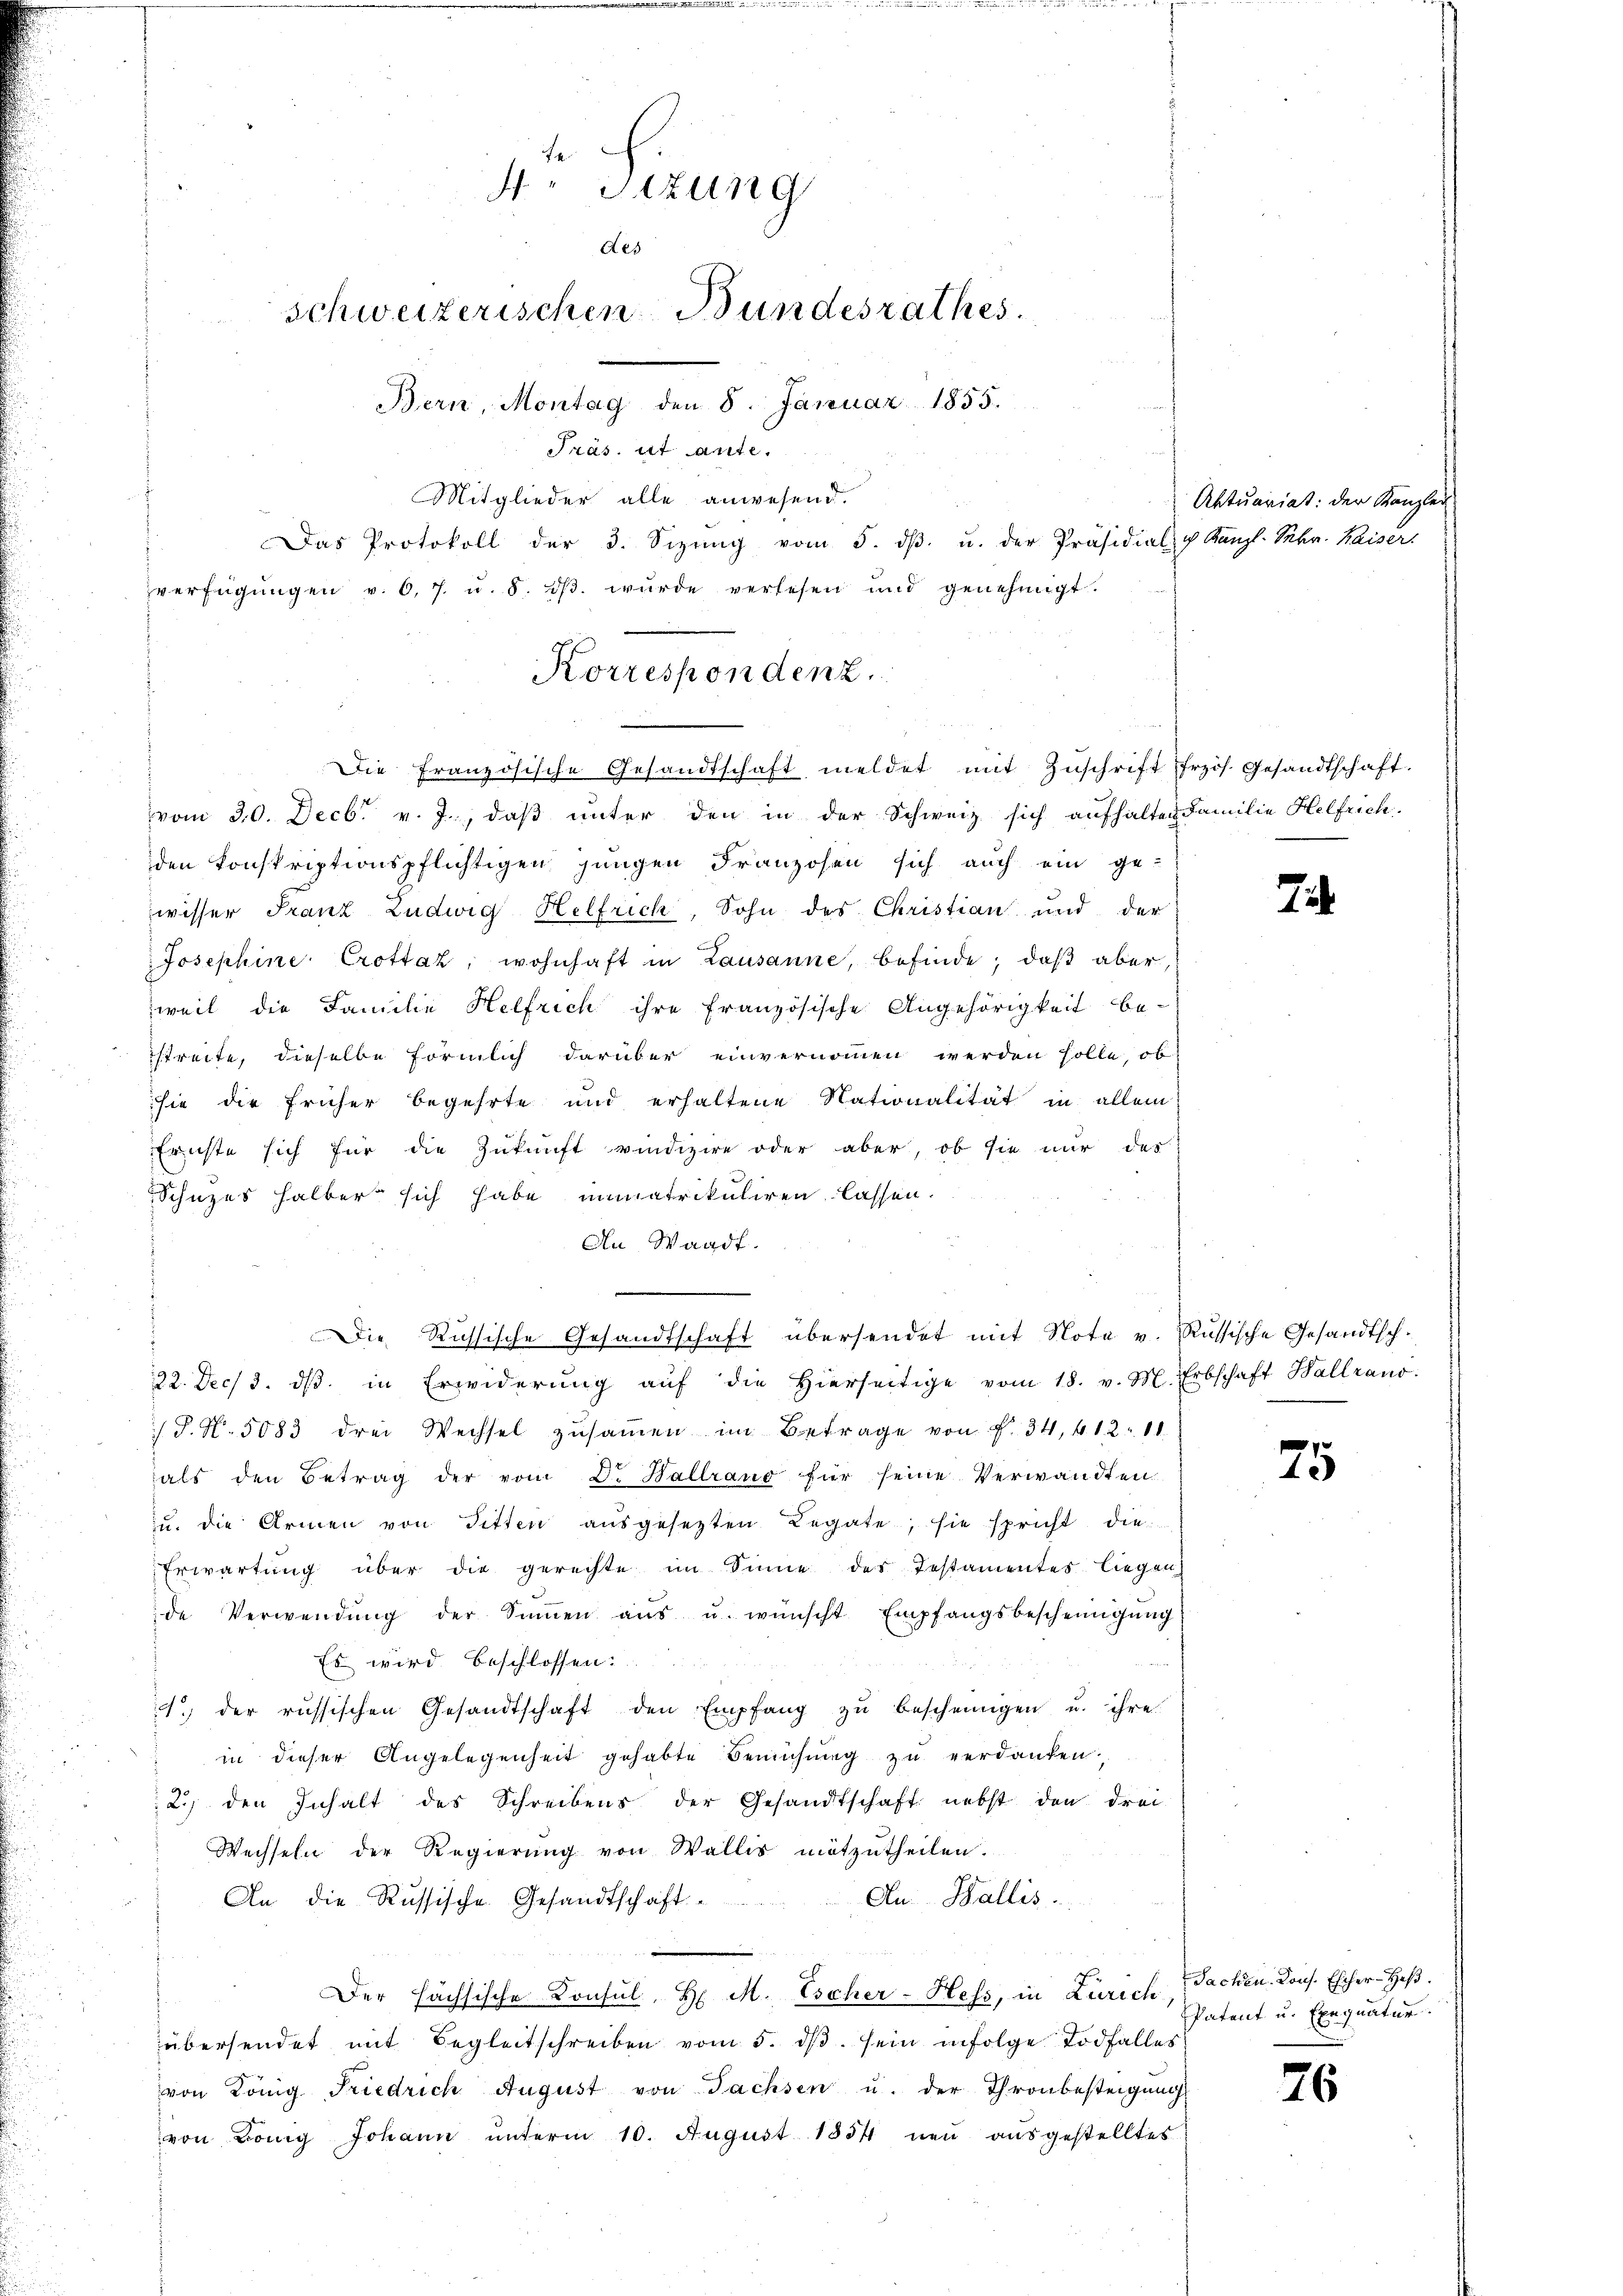
vom 30. Decbr. v. J., daß unter den in der Schweiz sich aufhalten Familie Helfrich
den konskriptionspflichtigen jungen Franzosen sich auch ein ge-
wisser Franz Ludwig Helfrich, Sohn des Christian und der
Josephine Crottaz, wohnhaft in Lausanne, befinde; daß aber,
zweit die Familie Helfrich ihre französische Angehörigkeit be-
streite, dieselbe förmlich darüber einvernommen werden solle, ob
sie die früher begehrte und erhaltene Nationalität in allem
Ernste sich für die Zukunft vindizire oder aber, ob sie nur das
Schutzes halber sich habe immatrikuliren lassen.
An Waadt.
.
Die Russische Gesandtschaft übersendet mit Note v. Russische Gesandtsch¬
22. Dec. 3. dβ in Erwiderŭng aŭf die hierseitige vom 18. v. M. Erbschaft Ballrano:
/S. N. 5083 drei Wechsel zŭsaṁen im Betrage von f. 34, 412. 11.
als den Betrag der vom D. Hallrano für seine Verwandten
u. die Armen von Sitten aŭsgesetzten Regate, sie spricht die
Erwartung über die gerechte im Sinne des Testamentes liegen
de Verwendŭng der Sinnen aŭs u. wünscht Empfangsbescheinigŭng
Es wird beschlossen:
. der russischen Gesandtschaft den Empfang zŭ bescheinigen u. ihre
in dieser Angelegenheit gehabte Bemühŭng zŭ verdanken,
2.) den Inhalt des Schreibens der Gesandtschaft nebst den drei
Wechseln der Regierung von Wallis mitzutheilen.
An Wallis.
An die Russische Gesandtschaft
Der Hächsische Konsul, H. M. Escher-Hefs, in Zürich
übersendet mit Begleitschreiben vom 5. dβ. sein infolge Todfalles
von König Friedrich August von Sachsen u. der Thronbesteigung
von Bonig Johann ŭnterm 10. August 1854 neŭ aŭsgestelltes

4o Sizung
des
Schweizerischen Bundesrathes.
Bern, Montag den 8. Januar 1855.
Präs. ut ante.
Mitglieder alle anwesend.
Das Protokoll der 3. Sizŭng vom 5. dβ. u. der Präsidial- & Kanzl. Sr. Kaiser
verfügŭngen v. 6. 7. u. 8. dβ. wŭrde verlesen und genehmigt.

Korrespondenz.
Die Französische Gesandtschaft meldet mit Zŭschrift frzös. Gesandtschaft.

Aktuariat: der Kanzler

7

75

76

Sachen. Kons. Escher-Heß.
Patent u. Exequatur.